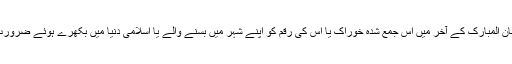
ذرا سوچئے کہ اگر دنیا کے تمام دولتمند روزہ دار اپنے ایک وقت کے کھانے کو اکٹھا کرلیں اور رمضان المبارک کے آخر میں اس جمع شدہ خوراک یا اس کی رقم کو اپنے شہر میں بسنے والے یا اسلامی دنیا میں بکھرے ہوئے ضرورت مندوں کے حوالے کردیں تو اس طرح غریب اور مفلس افراد کی قابل توجہ مدد و نصرت ہوجائے گی۔